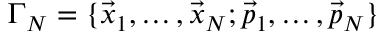
\Gamma _ { N } = \{ \vec { x } _ { 1 } , \dots , \vec { x } _ { N } ; \vec { p } _ { 1 } , \dots , \vec { p } _ { N } \}